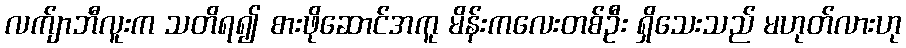
လက်ျာဘီလူးက သတိရ၍ စားဖိုဆောင်အကူ မိန်းကလေးတစ်ဦး ရှိသေးသည် မဟုတ်လားဟု